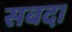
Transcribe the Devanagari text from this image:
सबद।